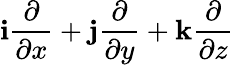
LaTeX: \mathbf{i}{\frac{\partial}{\partial x}}+\mathbf{j}{\frac{\partial}{\partial y}}+\mathbf{k}{\frac{\partial}{\partial z}}